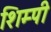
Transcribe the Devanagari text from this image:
शिम्पी